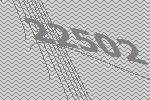
22502